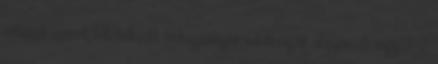
változat szerint feltételezett hidrogeológiai adottságok alapján; 5 vagy 3-2